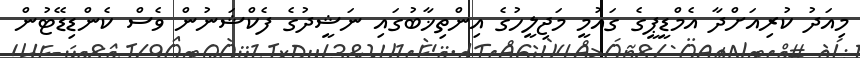
މިއަދު ކުރިއަށްދާ އެމްޑީޕީގެ ގައުމީ މަޖިލީހުގެ އިންތިޚާބުގައި ނަޝީދުގެ ފެކްޝަނުން ވެސް ކެންޑިޑޭޓުން